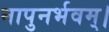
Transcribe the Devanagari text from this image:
नापुनर्भवम्।